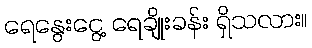
ရေနွေးငွေ့ ရေချိုးခန်း ရှိသလား။